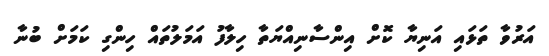
އަރުވާ ތަޅައި އަނިޔާ ކޮށް އިންސާނިއްޔަތާ ހިލާފު އަމަލުތައް ހިންގި ކަމަށް ބުނާ